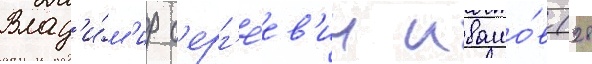
Влад'и́м'ир с'ерг'е́ев'ич ивашо́в (28